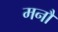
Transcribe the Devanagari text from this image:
मनौ